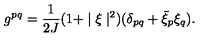
g ^ { p q } = \frac { 1 } { 2 J } ( 1 + \mid \xi \mid ^ { 2 } ) ( \delta _ { p q } + { \bar { \xi } } _ { p } \xi _ { q } ) .